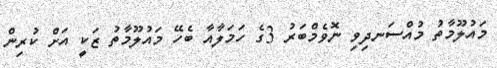
މައުލޫމާތު މުއްސަނދިވި ނޮވެމްބަރު 3ގެ ހަމަލާއާ ބެހޭ މައުލޫމާތު ޒަކީ އަށް ކުރިން